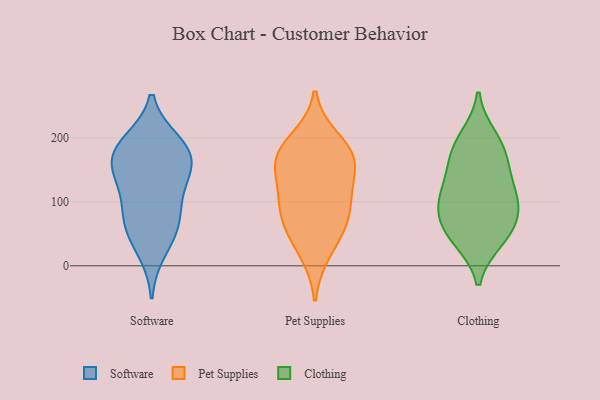
{"axis": {"x": "Latency (ms)", "y": "Value"}, "legend": ["Clothing", "Pet Supplies", "Software"], "data": [{"x": "", "y": 164, "type": "Software"}, {"x": "", "y": 60, "type": "Software"}, {"x": "", "y": 147, "type": "Software"}, {"x": "", "y": 194, "type": "Software"}, {"x": "", "y": 64, "type": "Software"}, {"x": "", "y": 192, "type": "Software"}, {"x": "", "y": 107, "type": "Software"}, {"x": "", "y": 185, "type": "Software"}, {"x": "", "y": 156, "type": "Software"}, {"x": "", "y": 65, "type": "Software"}, {"x": "", "y": 22, "type": "Software"}, {"x": "", "y": 110, "type": "Software"}, {"x": "", "y": 157, "type": "Software"}, {"x": "", "y": 176, "type": "Pet Supplies"}, {"x": "", "y": 164, "type": "Pet Supplies"}, {"x": "", "y": 92, "type": "Pet Supplies"}, {"x": "", "y": 122, "type": "Pet Supplies"}, {"x": "", "y": 170, "type": "Pet Supplies"}, {"x": "", "y": 21, "type": "Pet Supplies"}, {"x": "", "y": 68, "type": "Pet Supplies"}, {"x": "", "y": 153, "type": "Pet Supplies"}, {"x": "", "y": 197, "type": "Pet Supplies"}, {"x": "", "y": 95, "type": "Pet Supplies"}, {"x": "", "y": 55, "type": "Pet Supplies"}, {"x": "", "y": 183, "type": "Clothing"}, {"x": "", "y": 54, "type": "Clothing"}, {"x": "", "y": 82, "type": "Clothing"}, {"x": "", "y": 132, "type": "Clothing"}, {"x": "", "y": 91, "type": "Clothing"}, {"x": "", "y": 200, "type": "Clothing"}, {"x": "", "y": 41, "type": "Clothing"}, {"x": "", "y": 98, "type": "Clothing"}, {"x": "", "y": 145, "type": "Clothing"}, {"x": "", "y": 176, "type": "Clothing"}, {"x": "", "y": 45, "type": "Clothing"}, {"x": "", "y": 105, "type": "Clothing"}]}